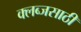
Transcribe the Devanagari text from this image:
क्लब्जसाठी